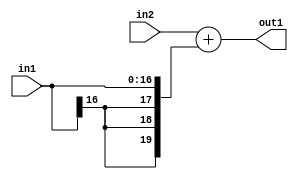
`timescale 1ps / 1ps
/*****************************************************************************
    Verilog RTL Description
    
    
    Created by: Stratus DpOpt 2019.1.01 
*******************************************************************************/

module SobelFilter_Add_20Sx17S_20S_4 (
	in2,
	in1,
	out1
	); /* architecture "behavioural" */ 
input [19:0] in2;
input [16:0] in1;
output [19:0] out1;
wire [19:0] asc001;

assign asc001 = 
	+(in2)
	+({{3{in1[16]}}, in1});

assign out1 = asc001;
endmodule

/* CADENCE  ubPxSgg= : u9/ySgnWtBlWxVPRXgAZ4Og= ** DO NOT EDIT THIS LINE ******/